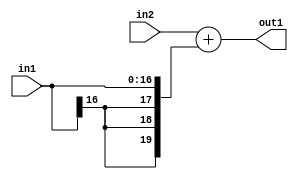
`timescale 1ps / 1ps
/*****************************************************************************
    Verilog RTL Description
    
    
    Created by: Stratus DpOpt 2019.1.01 
*******************************************************************************/

module SobelFilter_Add_20Sx17S_20S_4 (
	in2,
	in1,
	out1
	); /* architecture "behavioural" */ 
input [19:0] in2;
input [16:0] in1;
output [19:0] out1;
wire [19:0] asc001;

assign asc001 = 
	+(in2)
	+({{3{in1[16]}}, in1});

assign out1 = asc001;
endmodule

/* CADENCE  ubPxSgg= : u9/ySgnWtBlWxVPRXgAZ4Og= ** DO NOT EDIT THIS LINE ******/